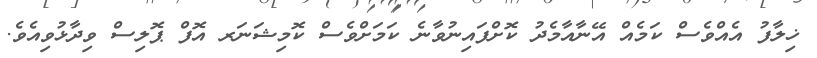
ޚިލާފު އެއްވެސް ކަމެއް އޭނާއާމެދު ކޮށްފައިނުވާނެ ކަމަށްވެސް ކޮމިޝަނަރ އޮފް ޕޮލިސް ވިދާޅުވިއެވެ.